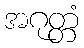
အဂုတ္တံ